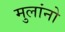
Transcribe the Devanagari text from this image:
मुलांनो